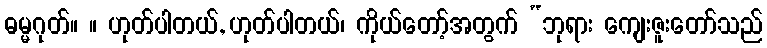
ဓမ္မဂုတ်။ ။ ဟုတ်ပါတယ်, ဟုတ်ပါတယ်၊ ကိုယ်တော့်အတွက် “ဘုရား ကျေးဇူးတော်သည်